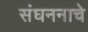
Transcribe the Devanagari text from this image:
संघननाचे